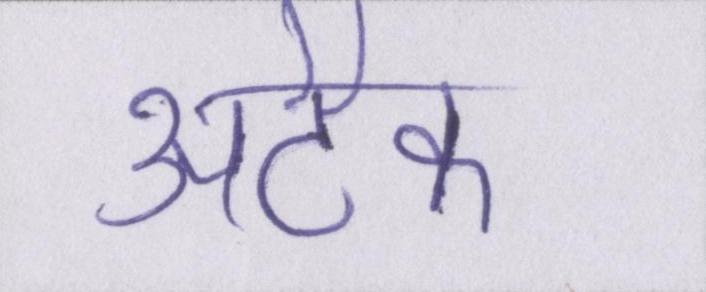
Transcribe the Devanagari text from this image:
अटैक